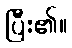
ပြီး၏။